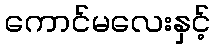
ကောင်မလေးနှင့်